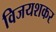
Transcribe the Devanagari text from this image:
विजयशकर